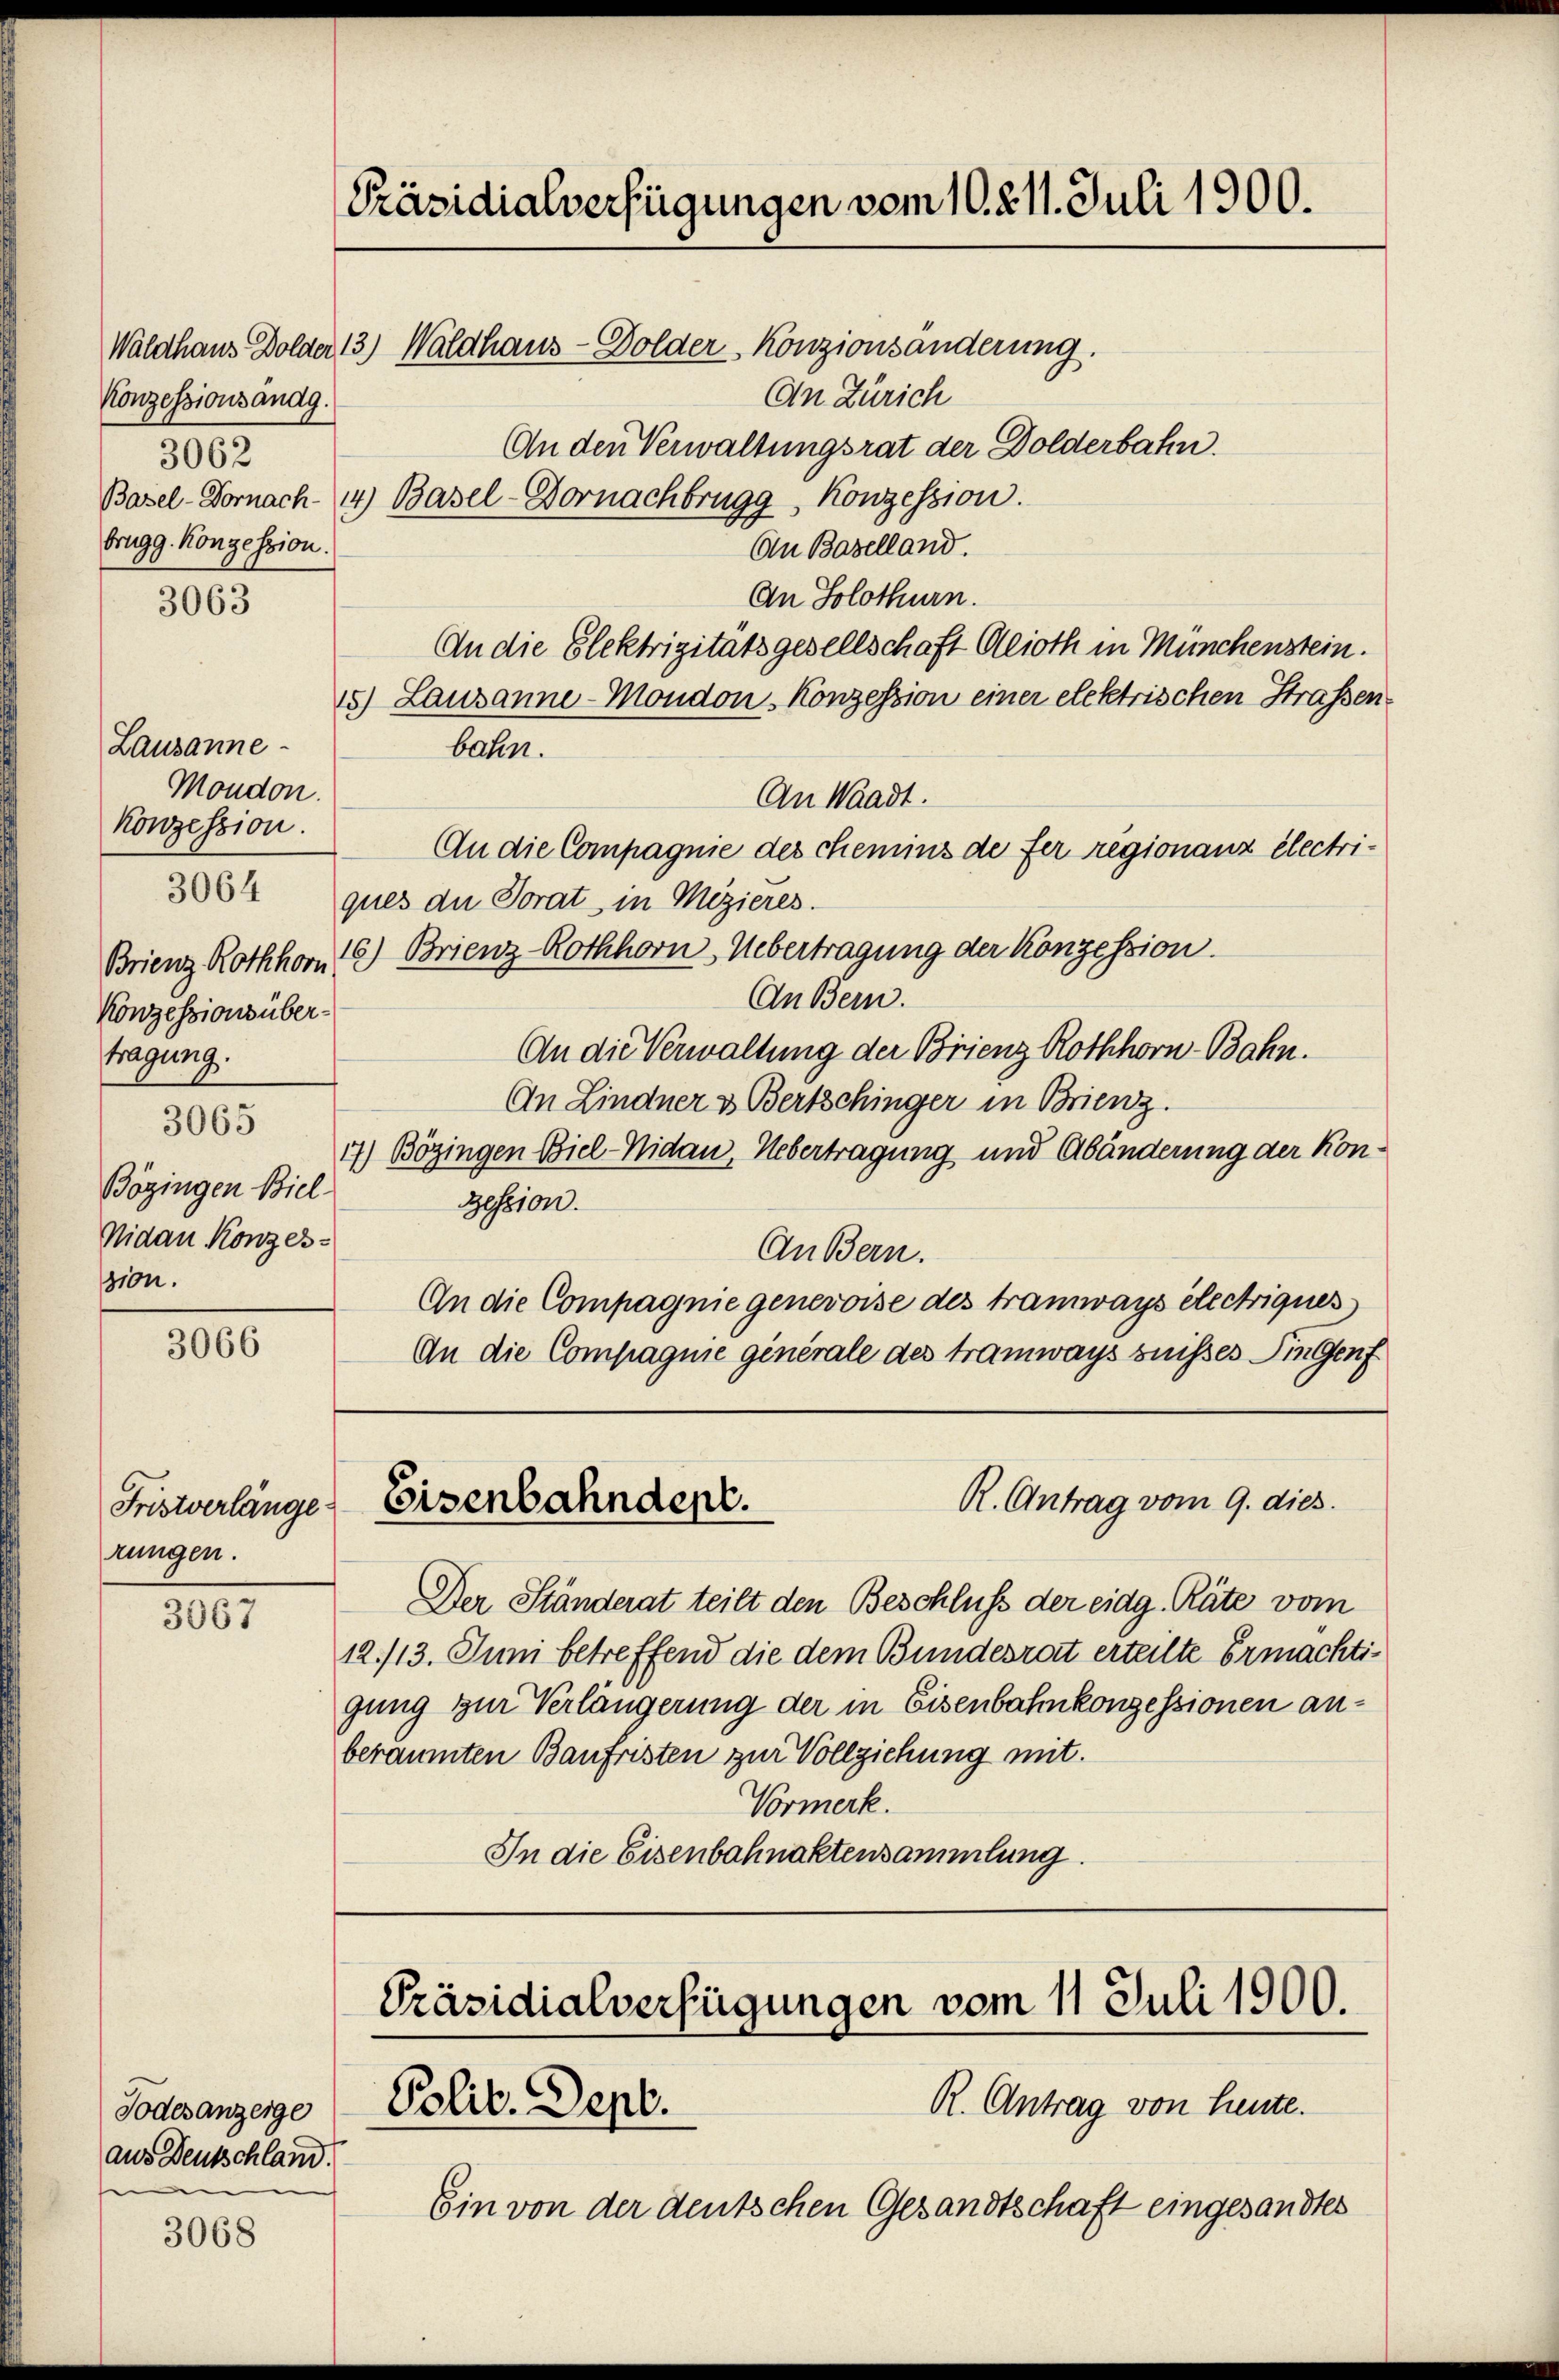
Konzessionsändg.
3062
brugg. Konzession.

3063

Lausanne
Moudon.
Konzession.
Brienz Rothhorn.
Konzessions übertragung.
3065
Bögingen Biel-
Nidau Konzession.

3064

3066

Fristverlänge
rungen.

3067

3068

[Präsidialverfügungen vom 10. 211. Juli 1900.
Waldhaus Dolder 13.) Waldhaus - Dolder Konzionsänderung.
An Zürich
An den Verwaltungsrat der Dolderbahn.
Basel-Dornach- 4) Basel-Dornachbrugg, Konzession.
An Baselland.

An Solothurn.
An die Elektrizitätsgesellschaft Alioth in Münchenstein.
15.) Lausanne-Moudon Konzession einer elektrischen Strassenbahn.
An Waadt.
An die Compagnie des chemins de fer regionanz electriques die Sorat in Mezieres.
16) Brienz-Rothhorn, Uebertragung der Konzession.
An Bern.
An die Verwaltung der Brienz Rothhorn-Bahn.
An Lindner & Bertschinger in Brienz.
17) Bözingen Biel-Nidau, Uebertragung und Abänderung der Kon¬
Bession.
AnBern.
An die Compagnie genevoise des tramways électriques
An die Compagnie generale des tramways suisses Dingenf

Todesanzeige
aus Deutschland.
e

R. Antrag vom 9. dies
Eisenbahndent.

Der Ständerat teilt den Beschluss der eidg. Räte vom
12./13. Juni betreffend die dem Bundesrat erteilte Ermachtigung zur Verlängerung der in Eisenbahnkonzessionen anberäumten Baufristen zur Vollziehung mit.
Vormerk.
In die Eisenbahnaktensammlung.

Präsidialverfügungen vom 11. Juli 1900.
R. Antrag von heute.
Polit. Sept.

Ein von der deutschen Gesandtschaft eingesandtes